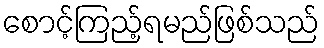
စောင့်ကြည့်ရမည်ဖြစ်သည်